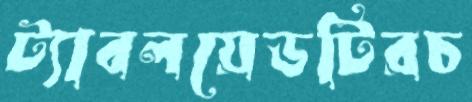
ট্যাবলয়েডটিরচ